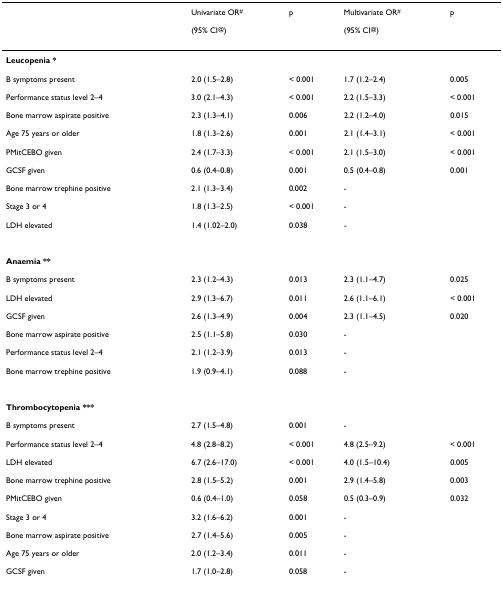
<table><thead><tr><td></td><td><b>Univariate OR<sup>#</sup></b></td><td><b>p</b></td><td><b>Multivariate OR<sup>#</sup></b></td><td><b>p</b></td></tr><tr><td></td><td><b>(95% CI<sup>@</sup>)</b></td><td></td><td><b>(95% CI<sup>@</sup>)</b></td><td></td></tr></thead><tbody><tr><td><b>Leucopenia *</b></td><td></td><td></td><td></td><td></td></tr><tr><td>B symptoms present</td><td>2.0 (1.5–2.8)</td><td>&lt; 0.001</td><td>1.7 (1.2–2.4)</td><td>0.005</td></tr><tr><td>Performance status level 2–4</td><td>3.0 (2.1–4.3)</td><td>&lt; 0.001</td><td>2.2 (1.5–3.3)</td><td>&lt; 0.001</td></tr><tr><td>Bone marrow aspirate positive</td><td>2.3 (1.3–4.1)</td><td>0.006</td><td>2.2 (1.2–4.0)</td><td>0.015</td></tr><tr><td>Age 75 years or older</td><td>1.8 (1.3–2.6)</td><td>0.001</td><td>2.1 (1.4–3.1)</td><td>&lt; 0.001</td></tr><tr><td>PMitCEBO given</td><td>2.4 (1.7–3.3)</td><td>&lt; 0.001</td><td>2.1 (1.5–3.0)</td><td>&lt; 0.001</td></tr><tr><td>GCSF given</td><td>0.6 (0.4–0.8)</td><td>0.001</td><td>0.5 (0.4–0.8)</td><td>0.001</td></tr><tr><td>Bone marrow trephine positive</td><td>2.1 (1.3–3.4)</td><td>0.002</td><td>-</td><td></td></tr><tr><td>Stage 3 or 4</td><td>1.8 (1.3–2.5)</td><td>&lt; 0.001</td><td>-</td><td></td></tr><tr><td>LDH elevated</td><td>1.4 (1.02–2.0)</td><td>0.038</td><td>-</td><td></td></tr><tr><td><b>Anaemia **</b></td><td></td><td></td><td></td><td></td></tr><tr><td>B symptoms present</td><td>2.3 (1.2–4.3)</td><td>0.013</td><td>2.3 (1.1–4.7)</td><td>0.025</td></tr><tr><td>LDH elevated</td><td>2.9 (1.3–6.7)</td><td>0.011</td><td>2.6 (1.1–6.1)</td><td>&lt; 0.001</td></tr><tr><td>GCSF given</td><td>2.6 (1.3–4.9)</td><td>0.004</td><td>2.3 (1.1–4.5)</td><td>0.020</td></tr><tr><td>Bone marrow aspirate positive</td><td>2.5 (1.1–5.8)</td><td>0.030</td><td>-</td><td></td></tr><tr><td>Performance status level 2–4</td><td>2.1 (1.2–3.9)</td><td>0.013</td><td>-</td><td></td></tr><tr><td>Bone marrow trephine positive</td><td>1.9 (0.9–4.1)</td><td>0.088</td><td>-</td><td></td></tr><tr><td><b>Thrombocytopenia ***</b></td><td></td><td></td><td></td><td></td></tr><tr><td>B symptoms present</td><td>2.7 (1.5–4.8)</td><td>0.001</td><td>-</td><td></td></tr><tr><td>Performance status level 2–4</td><td>4.8 (2.8–8.2)</td><td>&lt; 0.001</td><td>4.8 (2.5–9.2)</td><td>&lt; 0.001</td></tr><tr><td>LDH elevated</td><td>6.7 (2.6–17.0)</td><td>&lt; 0.001</td><td>4.0 (1.5–10.4)</td><td>0.005</td></tr><tr><td>Bone marrow trephine positive</td><td>2.8 (1.5–5.2)</td><td>0.001</td><td>2.9 (1.4–5.8)</td><td>0.003</td></tr><tr><td>PMitCEBO given</td><td>0.6 (0.4–1.0)</td><td>0.058</td><td>0.5 (0.3–0.9)</td><td>0.032</td></tr><tr><td>Stage 3 or 4</td><td>3.2 (1.6–6.2)</td><td>0.001</td><td>-</td><td></td></tr><tr><td>Bone marrow aspirate positive</td><td>2.7 (1.4–5.6)</td><td>0.005</td><td>-</td><td></td></tr><tr><td>Age 75 years or older</td><td>2.0 (1.2–3.4)</td><td>0.011</td><td>-</td><td></td></tr><tr><td>GCSF given</td><td>1.7 (1.0–2.8)</td><td>0.058</td><td>-</td><td></td></tr></tbody></table>